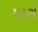
પારો